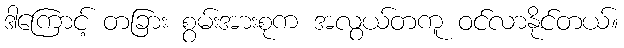
ဒါကြောင့် တခြား စွမ်းအားစုက အလွယ်တကူ ဝင်လာနိုင်တယ်။